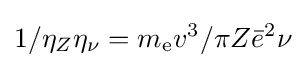
1/\eta _{Z}\eta _{\nu }=m_{\text{e}}v^{3}/\pi Z{\bar {e}}^{2}\nu